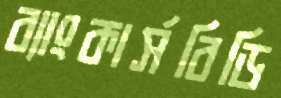
ব্যাংকার্সবিডি